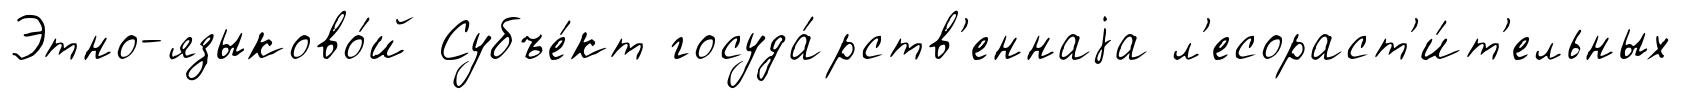
Этно-языково́й Субъе́кт госуда́рств'еннаjа л'есораст'и́т'ельных